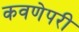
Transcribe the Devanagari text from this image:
कवणेपरी